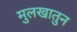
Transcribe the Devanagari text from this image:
मुलखातुन